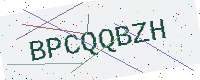
Text: BPCQQBZH